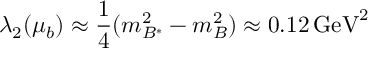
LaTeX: \lambda _ { 2 } ( \mu _ { b } ) \approx \frac { 1 } { 4 } ( m _ { B ^ { * } } ^ { 2 } - m _ { B } ^ { 2 } ) \approx 0 . 1 2 \, \mathrm { G e V } ^ { 2 }